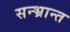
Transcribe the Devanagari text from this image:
सन्भ्रान्त